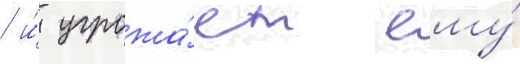
/ и́ угрожа́ет ему́